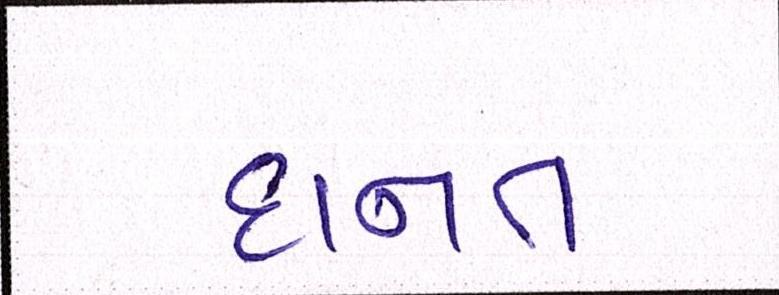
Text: દાનત